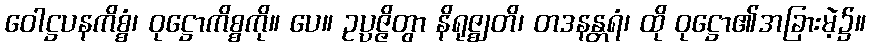
ဝေါဋ္ဌပနကိစ္စံ၊ ဝုဋ္ဌောကိစ္စကို။ ပေ။ ဥပ္ပဇ္ဇိတွာ နိရုဇ္ဈတိ၊ တဒနန္တရံ၊ ထို ဝုဋ္ဌော၏အခြားမဲ့၌။